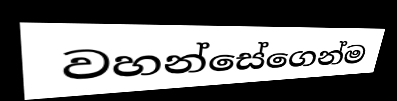
වහන්සේගෙන්ම